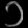
Digit: ၁